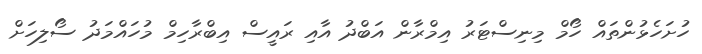
ހުށަހެޅުންތައް ހޯމް މިނިސްޓަރު އިމްރާން އަބްދު އާއި ރައީސް އިބްރާހިމް މުހައްމަދު ސޯލިހަށް